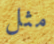
مثل